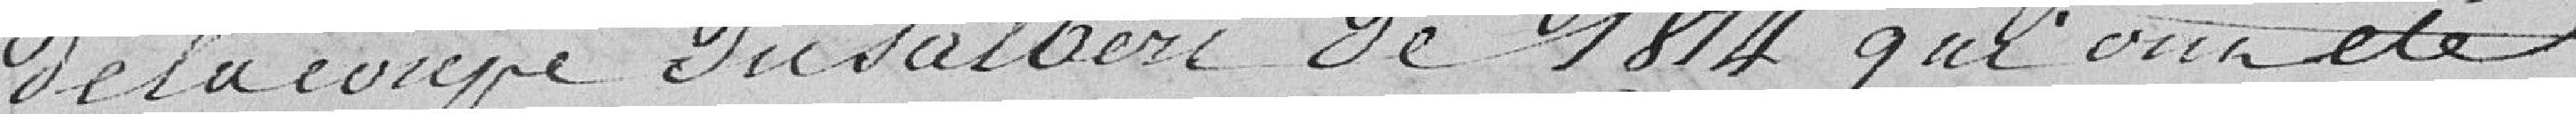
de la coupe du Salbert de 1874, qui ont été